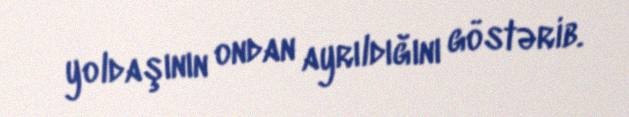
yoldaşının ondan ayrıldığını göstərib.